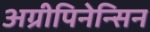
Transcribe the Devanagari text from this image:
अग्रीपिनेन्सिन